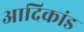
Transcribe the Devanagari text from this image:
आदिकांड